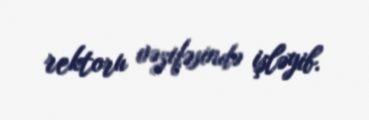
rektoru vəzifəsində işləyib.